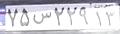
۷۵س۲۲۹۱۳